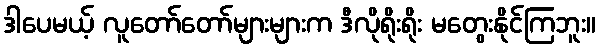
ဒါပေမယ့် လူတော်တော်များများက ဒီလိုရိုးရိုး မတွေးနိုင်ကြဘူး။